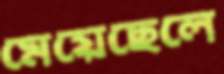
মেয়েছেলে